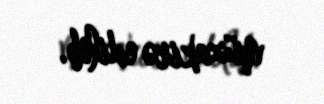
müzakirə edilib.